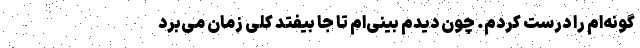
گونه‌ام را درست کردم. چون دیدم بینی‌ام تا جا بیفتد کلی زمان می‌برد